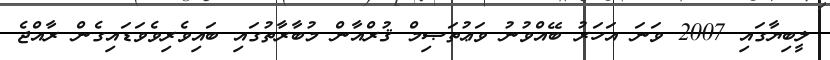
ލީބިޔާގައި 2007 ވަނަ އަހަރު ބޭއްވުނު ވަޢުތަޞިމް ޤުރްއާން މުބާރާތުގައި ބައިވެރިވެވަޑައިގެން ރާއްޖެ